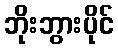
ဘိုးဘွားပိုင်